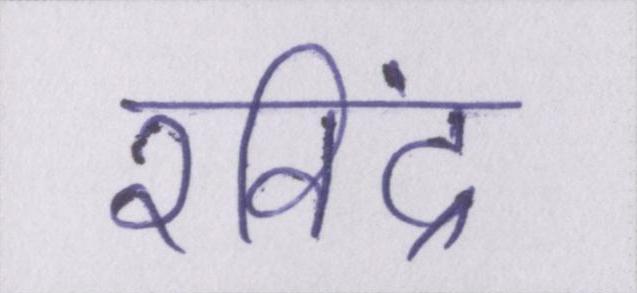
रविंद्र